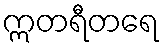
ဣတရီတရေ